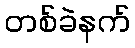
တစ်ခဲနက်